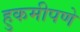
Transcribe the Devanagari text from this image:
हुकमीपणे